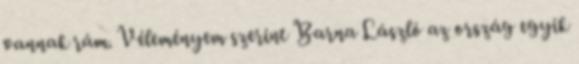
vannak rám. Véleményem szerint Barna László az ország egyik